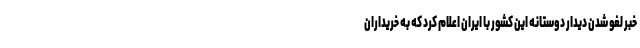
خبر لغو شدن دیدار دوستانه این کشور با ایران اعلام کرد که به خریداران